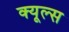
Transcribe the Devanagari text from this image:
क्‍यूल्‍स